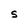
Character: S